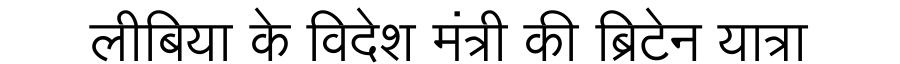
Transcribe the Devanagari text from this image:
लीबिया के विदेश मंत्री की ब्रिटेन यात्रा